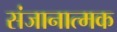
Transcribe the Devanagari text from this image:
संजानात्मक